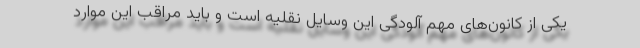
یکی از کانون‌های مهم آلودگی این وسایل نقلیه است و باید مراقب این موارد